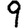
Digit: 9